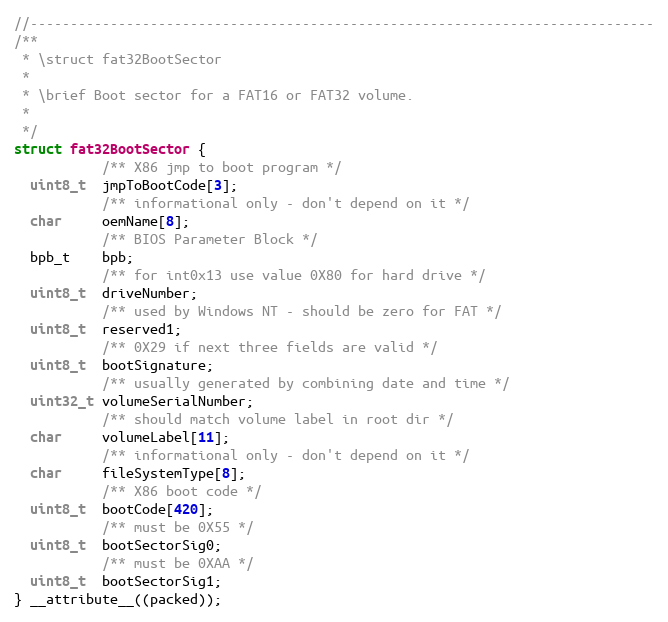
Language: C
//------------------------------------------------------------------------------
/**
 * \struct fat32BootSector
 *
 * \brief Boot sector for a FAT16 or FAT32 volume.
 *
 */
struct fat32BootSector {
           /** X86 jmp to boot program */
  uint8_t  jmpToBootCode[3];
           /** informational only - don't depend on it */
  char     oemName[8];
           /** BIOS Parameter Block */
  bpb_t    bpb;
           /** for int0x13 use value 0X80 for hard drive */
  uint8_t  driveNumber;
           /** used by Windows NT - should be zero for FAT */
  uint8_t  reserved1;
           /** 0X29 if next three fields are valid */
  uint8_t  bootSignature;
           /** usually generated by combining date and time */
  uint32_t volumeSerialNumber;
           /** should match volume label in root dir */
  char     volumeLabel[11];
           /** informational only - don't depend on it */
  char     fileSystemType[8];
           /** X86 boot code */
  uint8_t  bootCode[420];
           /** must be 0X55 */
  uint8_t  bootSectorSig0;
           /** must be 0XAA */
  uint8_t  bootSectorSig1;
} __attribute__((packed));